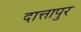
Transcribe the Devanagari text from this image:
दात्तापुर